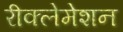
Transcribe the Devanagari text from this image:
रीक्लेमेशन